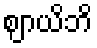
ဈာယိဘိ